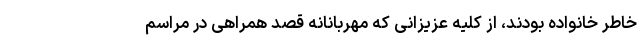
خاطر خانواده بودند، از کلیه عزیزانی که مهربانانه قصد همراهی در مراسم